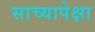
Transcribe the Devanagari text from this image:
साच्यापेक्षा